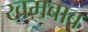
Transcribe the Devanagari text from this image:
खमबाब